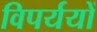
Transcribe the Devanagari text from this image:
विपर्ययों